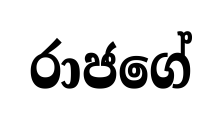
රාජගේ